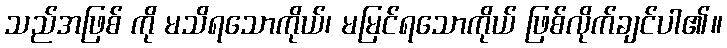
သည်အဖြစ် ကို မသိရသောကိုယ်၊ မမြင်ရသောကိုယ် ဖြစ်လိုက်ချင်ပါ၏။